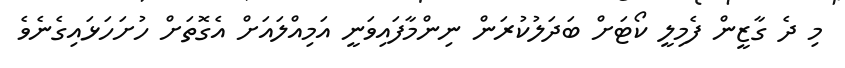
މި ދެ ގާޒީން ފެމިލީ ކޯޓަށް ބަދަލުކުރަން ނިންމާފައިވަނީ އަމިއްލައަށް އެގޮތަށް ހުށަހަޅައިގެނެވެ